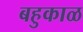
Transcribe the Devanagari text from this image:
बहुकाळ